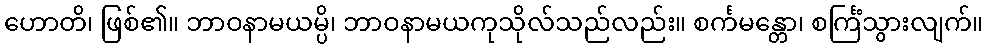
ဟောတိ၊ ဖြစ်၏။ ဘာဝနာမယမ္ပိ၊ ဘာဝနာမယကုသိုလ်သည်လည်း။ စင်္ကမန္တော၊ စင်္ကြံသွားလျက်။